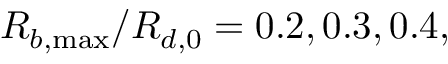
R _ { b , \operatorname* { m a x } } / R _ { d , 0 } = 0 . 2 , 0 . 3 , 0 . 4 ,